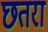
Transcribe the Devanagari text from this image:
छतरा